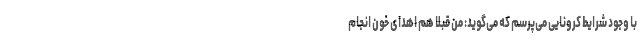
با وجود شرایط کرونایی می‌پرسم که می‌گوید: من قبلا هم اهدای خون انجام